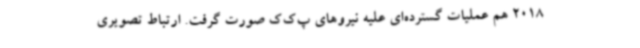
2018 هم عملیات گسترده‌ای علیه نیروهای پ‌ک‌ک صورت گرفت. ارتباط تصویری